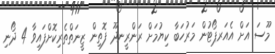
މޫސަ އަށް އެއަރޕޯޓުން މަރުހަބާ ކިޔުމަށް ރަންރީނދޫ ފޮތިން ޒީނަތްތެރިކޮށްފައިވާ 4 ދޯނި